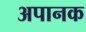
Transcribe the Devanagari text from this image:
अपानक